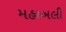
મહાબલી